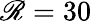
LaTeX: \mathscr{R}=30